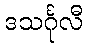
ဒသင်္ဂုလီ